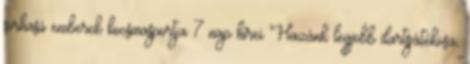
sörhasú emberek kocsmasportja 7 nap hírei Hazánk legjobb dartsjátékosa,